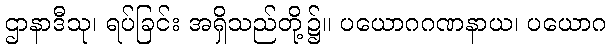
ဌာနာဒီသု၊ ရပ်ခြင်း အရှိသည်တို့၌။ ပယောဂဂဏနာယ၊ ပယောဂ